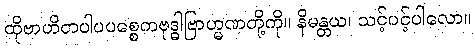
ထိုဗာဟိတပါပပစ္စေကဗုဒ္ဓါဗြာဟ္မဏတို့ကို။ နိမန္တယ၊ သင့်ပင့်ပါလော။